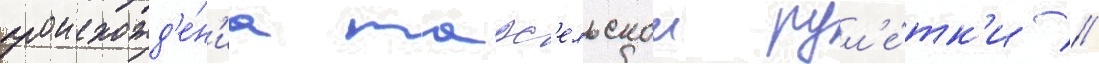
происхожд'е́н'иа марс'ельскои рул'е́тк'и //